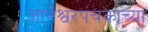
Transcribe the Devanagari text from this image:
ज्ञानेश्वरपंचकाच्या